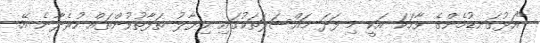
"އަޅުގަނޑުމެންގެ ވާހަކަ އަކީ މި ފަދަ މައްސަލަތަކުގައި ހިޔާލު ތަފާތުވުންތައް ހުރެދާނެ އޭ.